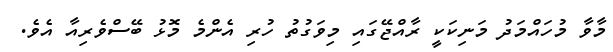
މާވާ މުހައްމަދު މަނިކަކީ ރާއްޖޭގައި މިވަގުތު ހުރި އެންމެ މޮޅު ބޭސްވެރިއާ އެވެ.